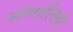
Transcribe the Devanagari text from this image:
अतरालिया